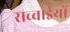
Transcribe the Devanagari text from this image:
सच्चाईयों